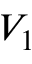
V _ { 1 }